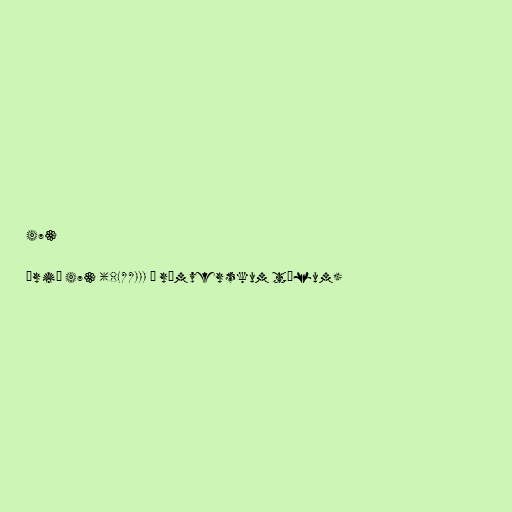
473

Árið 473 (CDLXXIII í rómverskum tölum)